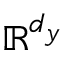
\mathbb { R } ^ { d _ { \boldsymbol { y } } }